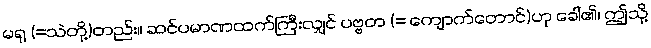
မရု (=သဲတို့)တည်း။ ဆင်ပမာဏထက်ကြီးလျှင် ပဗ္ဗတ (= ကျောက်တောင်)ဟု ခေါ်၏၊ ဤသို့